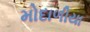
મોદાળીયા